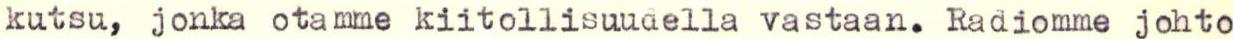
kutsu, jonka otamme kiitollisuudella vastaan. Radiomme johto